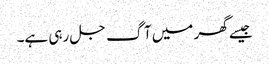
جیسے گھر میں آگ جل رہی ہے۔